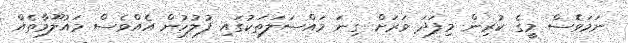
ނަމަވެސް މީގެ ކުރިން މިފަދަ ވަރަށް ގިނަ މައްސަލަތަކުގައި ފުލުހުން އެއްވެސް މައުލޫމާތެއް